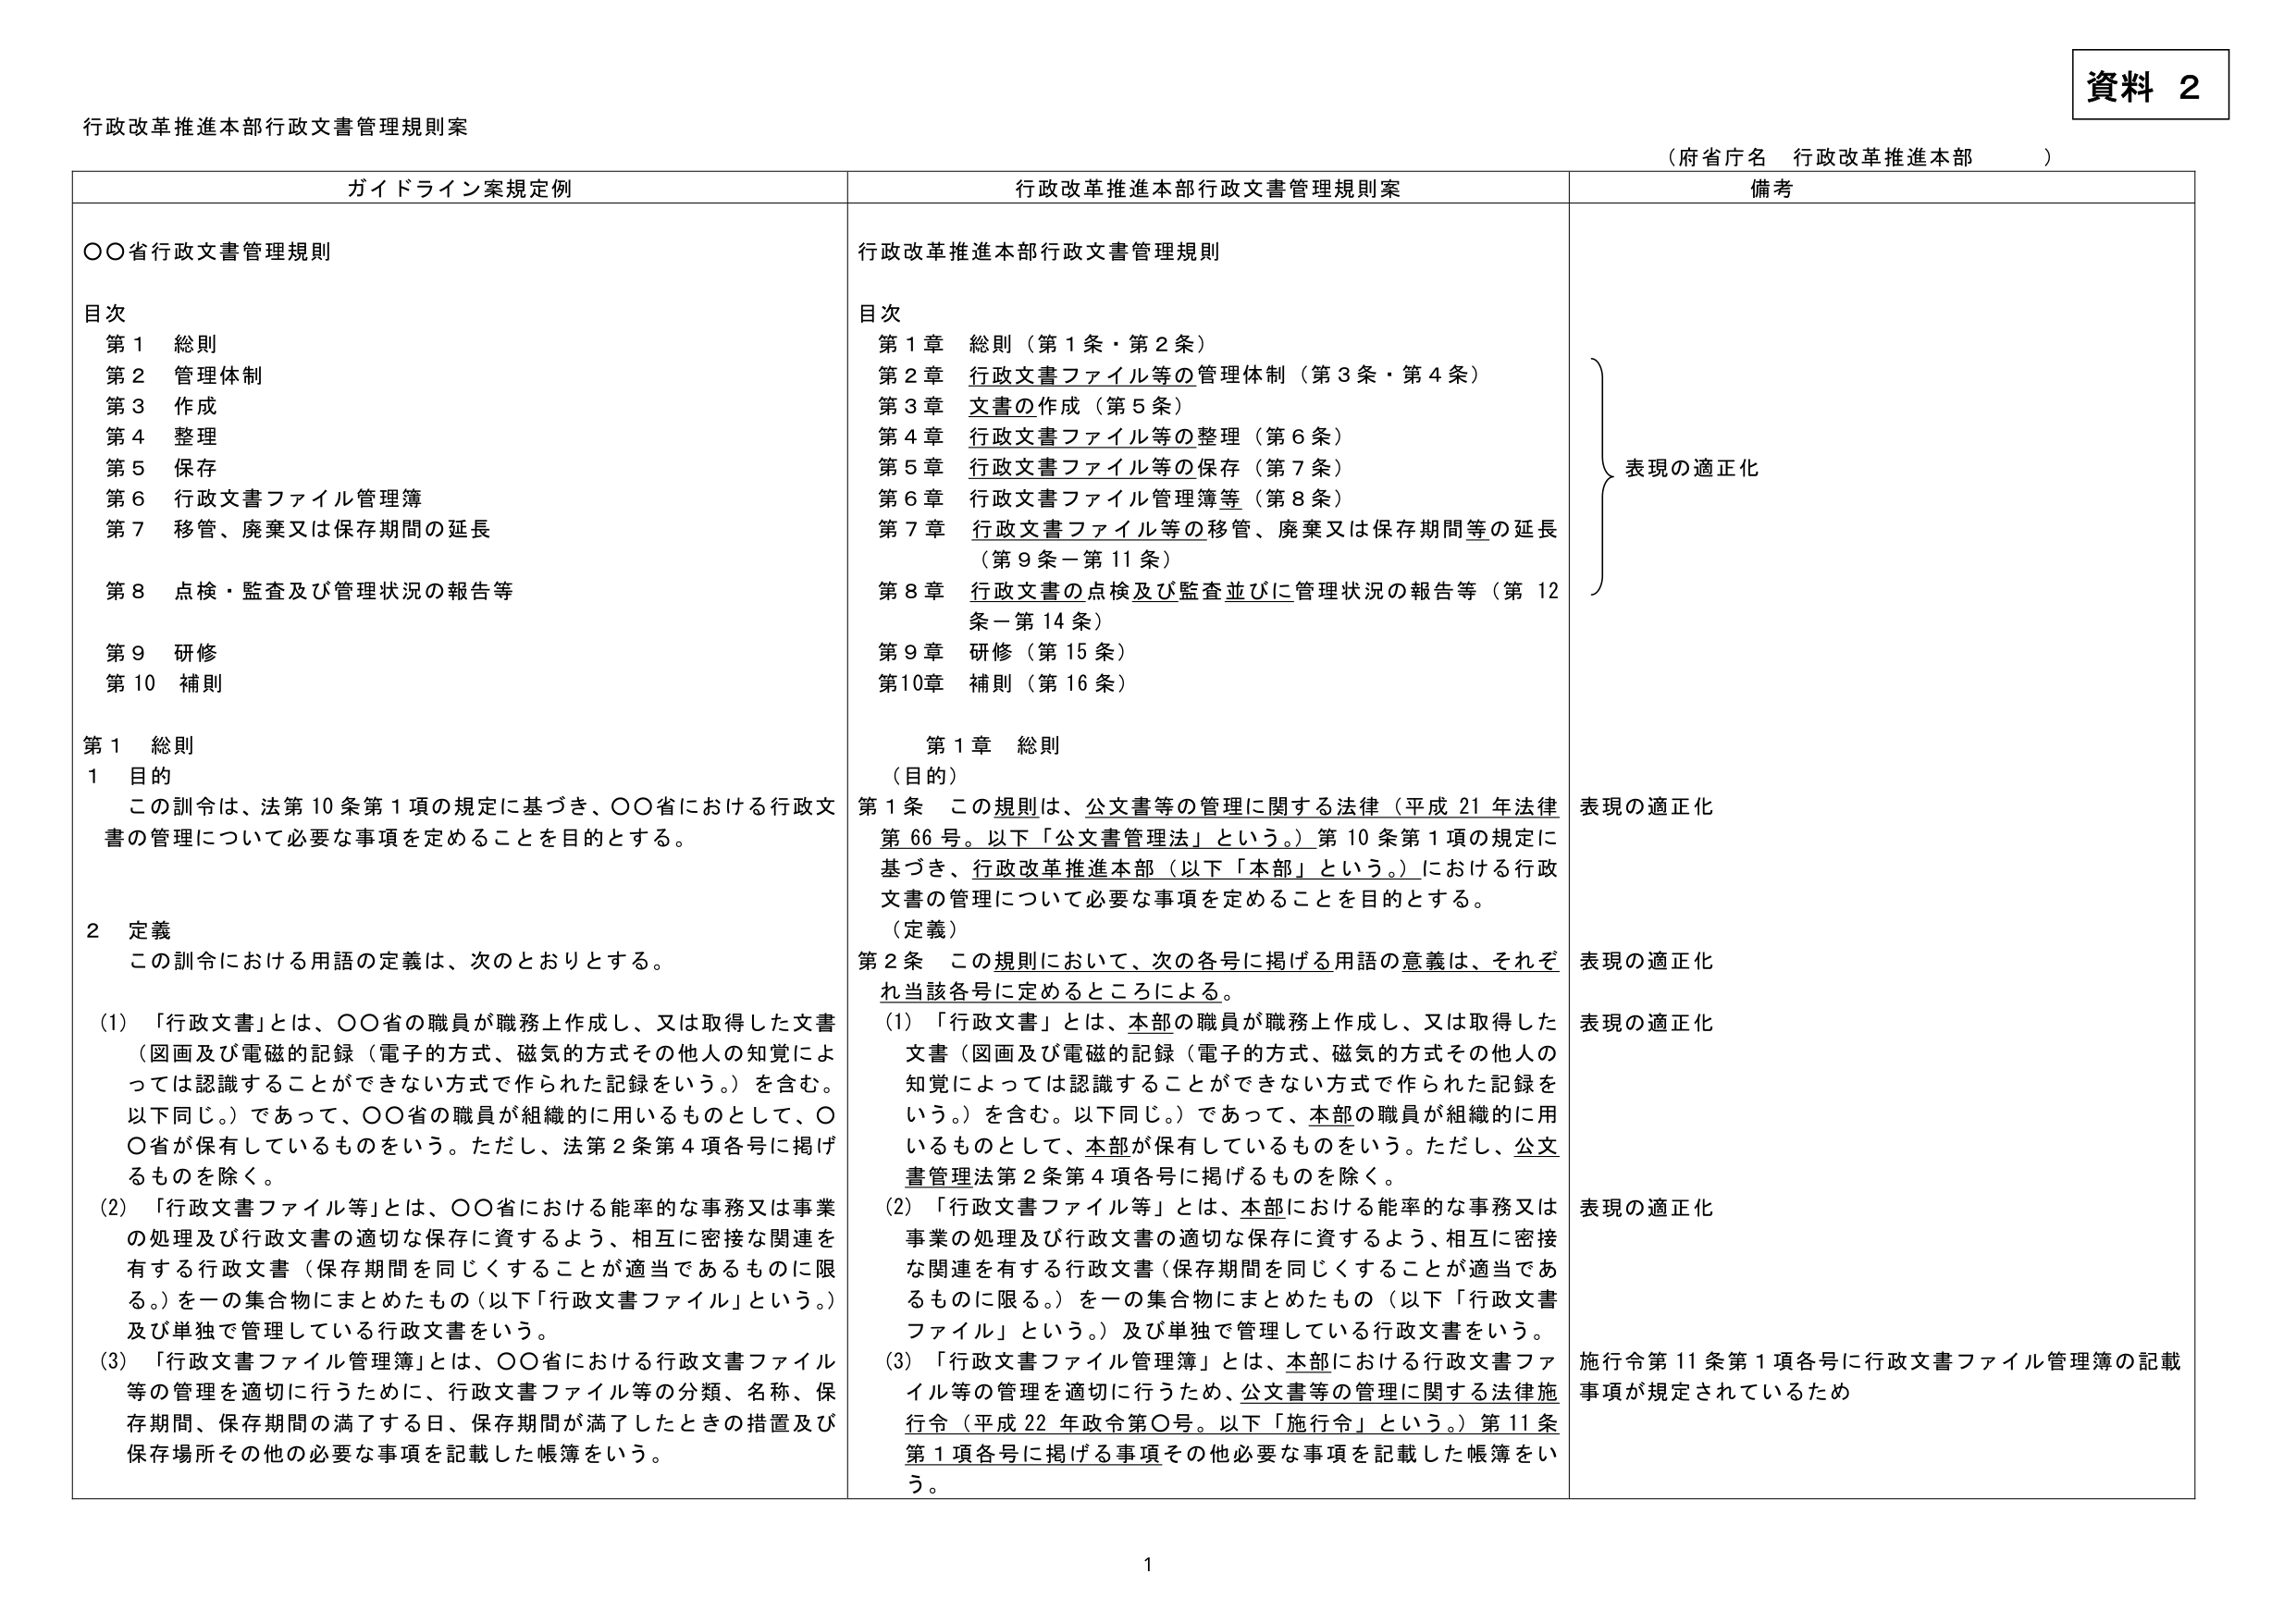
資料 2

行政改革推進本部行政文書管理規則案

（府省庁名 行政改革推進本部）

ガイドライン案規定例 行政改革推進本部行政文書管理規則案 備考

○○省行政文書管理規則

目次
第1 総則
第2 管理体制
第3 作成
第4 整理
第5 保存
第6 行政文書ファイル管理簿
第7 移管、廃棄又は保存期間の延長
第8 点検・監査及び管理状況の報告等
第9 研修
第10 補則

第1 総則
1 目的
この訓令は、法第10条第1項の規定に基づき、○○省における行政文書の管理について必要な事項を定めることを目的とする。

2 定義
この訓令における用語の定義は、次のとおりとする。
(1) 「行政文書」とは、○○省の職員が職務上作成し、又は取得した文書（図画及び電磁的記録（電子的方式、磁気的方式その他人の知覚によっては認識することができない方式で作られた記録をいう。）を含む。以下同じ。）であって、○○省の職員が組織的に用いるものとして、○○省が保有しているものをいう。ただし、法第2条第4項各号に掲げるものを除く。
(2) 「行政文書ファイル等」とは、○○省における能率的な事務又は事業の処理及び行政文書の適切な保存に資するよう、相互に密接な関連を有する行政文書（保存期間を同じくすることが適当であるものに限る。）を一の集合物にまとめたもの（以下「行政文書ファイル」という。）及び単独で管理している行政文書をいう。
(3) 「行政文書ファイル管理簿」とは、○○省における行政文書ファイル等の管理を適切に行うために、行政文書ファイル等の分類、名称、保存期間、保存期間の満了する日、保存期間が満了したときの措置及び保存場所その他の必要な事項を記載した帳簿をいう。

行政改革推進本部行政文書管理規則

目次
第1章 総則（第1条・第2条）
第2章 行政文書ファイル等の管理体制（第3条・第4条）
第3章 文書の作成（第5条）
第4章 行政文書ファイル等の整理（第6条）
第5章 行政文書ファイル等の保存（第7条）
第6章 行政文書ファイル管理簿等（第8条）
第7章 行政文書ファイル等の移管、廃棄又は保存期間等の延長（第9条－第11条）
第8章 行政文書の点検及び監査並びに管理状況の報告等（第12条－第14条）
第9章 研修（第15条）
第10章 補則（第16条）

第1章 総則
（目的）
第1条 この規則は、公文書等の管理に関する法律（平成21年法律第66号。以下「公文書管理法」という。）第10条第1項の規定に基づき、行政改革推進本部（以下「本部」という。）における行政文書の管理について必要な事項を定めることを目的とする。
（定義）
第2条 この規則において、次の各号に掲げる用語の意義は、それぞれ当該各号に定めるところによる。
(1) 「行政文書」とは、本部の職員が職務上作成し、又は取得した文書（図画及び電磁的記録（電子的方式、磁気的方式その他人の知覚によっては認識することができない方式で作られた記録をいう。）を含む。以下同じ。）であって、本部の職員が組織的に用いるものとして、本部が保有しているものをいう。ただし、公文書管理法第2条第4項各号に掲げるものを除く。
(2) 「行政文書ファイル等」とは、本部における能率的な事務又は事業の処理及び行政文書の適切な保存に資するよう、相互に密接な関連を有する行政文書（保存期間を同じくすることが適当であるものに限る。）を一の集合物にまとめたもの（以下「行政文書ファイル」という。）及び単独で管理している行政文書をいう。
(3) 「行政文書ファイル管理簿」とは、本部における行政文書ファイル等の管理を適切に行うために、公文書等の管理に関する法律施行令（平成22年政令第○号。以下「施行令」という。）第11条第1項各号に掲げる事項その他必要な事項を記載した帳簿をいう。

表現の適正化
表現の適正化
表現の適正化
表現の適正化
施行令第11条第1項各号に行政文書ファイル管理簿の記載事項が規定されているため

1